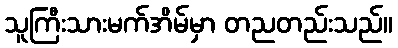
သူကြီးသားမက်အိမ်မှာ တညတည်းသည်။